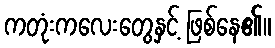
ကတုံးကလေးတွေနှင့် ဖြစ်နေ၏။